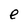
Character: e